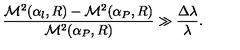
\frac { { \cal M } ^ { 2 } ( \alpha _ { l } , R ) - { \cal M } ^ { 2 } ( \alpha _ { P } , R ) } { { \cal M } ^ { 2 } ( \alpha _ { P } , R ) } \gg \frac { \Delta \lambda } { \lambda } .